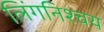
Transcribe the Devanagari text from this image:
लिंगनिश्चय